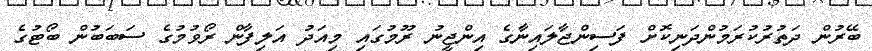
ބޭރުން ދަތުރުކުރަމުންދަނިކޮށް ފަަސިންޖާލައިނާގެ އިންޖީނު ރޫމުގައި މިއަދު އަލިފާން ރޯވުމުގެ ސަބަބުން ބޯޓުގެ